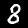
Digit: 8